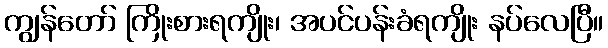
ကျွန်တော် ကြိုးစားရကျိုး၊ အပင်ပန်းခံရကျိုး နပ်လေပြီ။